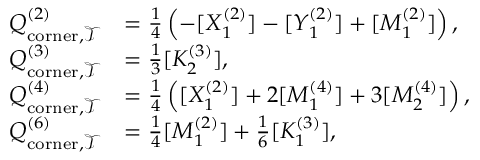
\begin{array} { r l } { Q _ { \mathrm { c o r n e r } , \mathcal { T } } ^ { ( 2 ) } } & { = \frac { 1 } { 4 } \left( - [ X _ { 1 } ^ { ( 2 ) } ] - [ Y _ { 1 } ^ { ( 2 ) } ] + [ M _ { 1 } ^ { ( 2 ) } ] \right) , } \\ { Q _ { \mathrm { c o r n e r } , \mathcal { T } } ^ { ( 3 ) } } & { = \frac { 1 } { 3 } [ K _ { 2 } ^ { ( 3 ) } ] , } \\ { Q _ { \mathrm { c o r n e r } , \mathcal { T } } ^ { ( 4 ) } } & { = \frac { 1 } { 4 } \left( [ X _ { 1 } ^ { ( 2 ) } ] + 2 [ M _ { 1 } ^ { ( 4 ) } ] + 3 [ M _ { 2 } ^ { ( 4 ) } ] \right) , } \\ { Q _ { \mathrm { c o r n e r } , \mathcal { T } } ^ { ( 6 ) } } & { = \frac { 1 } { 4 } [ M _ { 1 } ^ { ( 2 ) } ] + \frac { 1 } { 6 } [ K _ { 1 } ^ { ( 3 ) } ] , } \end{array}